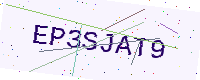
Text: EP3SJAT9